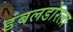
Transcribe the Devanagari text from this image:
डंबलडोरला